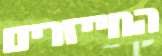
החייזרים